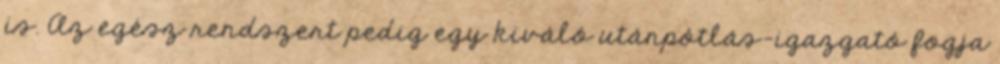
is. Az egész rendszert pedig egy kiváló utánpótlás-igazgató fogja